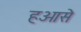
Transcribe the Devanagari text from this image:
हओसे